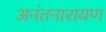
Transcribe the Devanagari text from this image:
अनंतनारायण